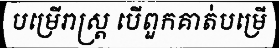
បម្រើរាស្ត្រ បើពួកគាត់បម្រើ